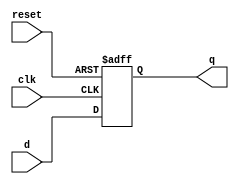
module d_ff_async_reset(
  input wire clk,
  input wire reset,
  input wire d,
  output reg q
);
  always @(posedge clk or negedge reset) begin
    if (!reset) begin
      q <= 1'b0;
    end else begin
      q <= d;
    end
  end
endmodule